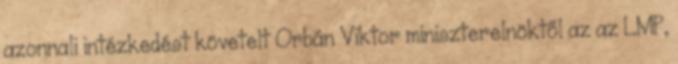
azonnali intézkedést követelt Orbán Viktor miniszterelnöktől az az LMP,